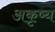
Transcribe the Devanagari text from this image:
अकृष्य